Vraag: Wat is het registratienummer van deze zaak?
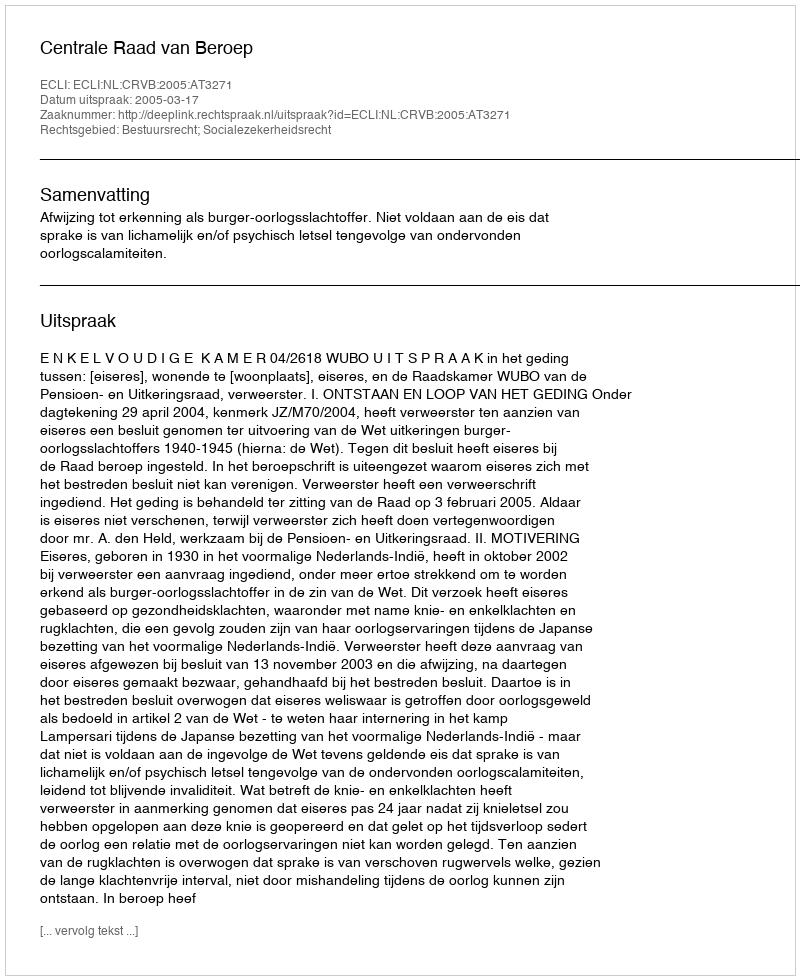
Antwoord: http://deeplink.rechtspraak.nl/uitspraak?id=ECLI:NL:CRVB:2005:AT3271